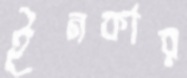
ইনকার